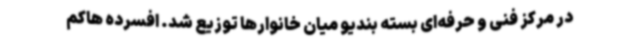
در مرکز فنی و حرفه‌ای بسته بندیو میان خانوارها توزیع شد. افسرده هاکم